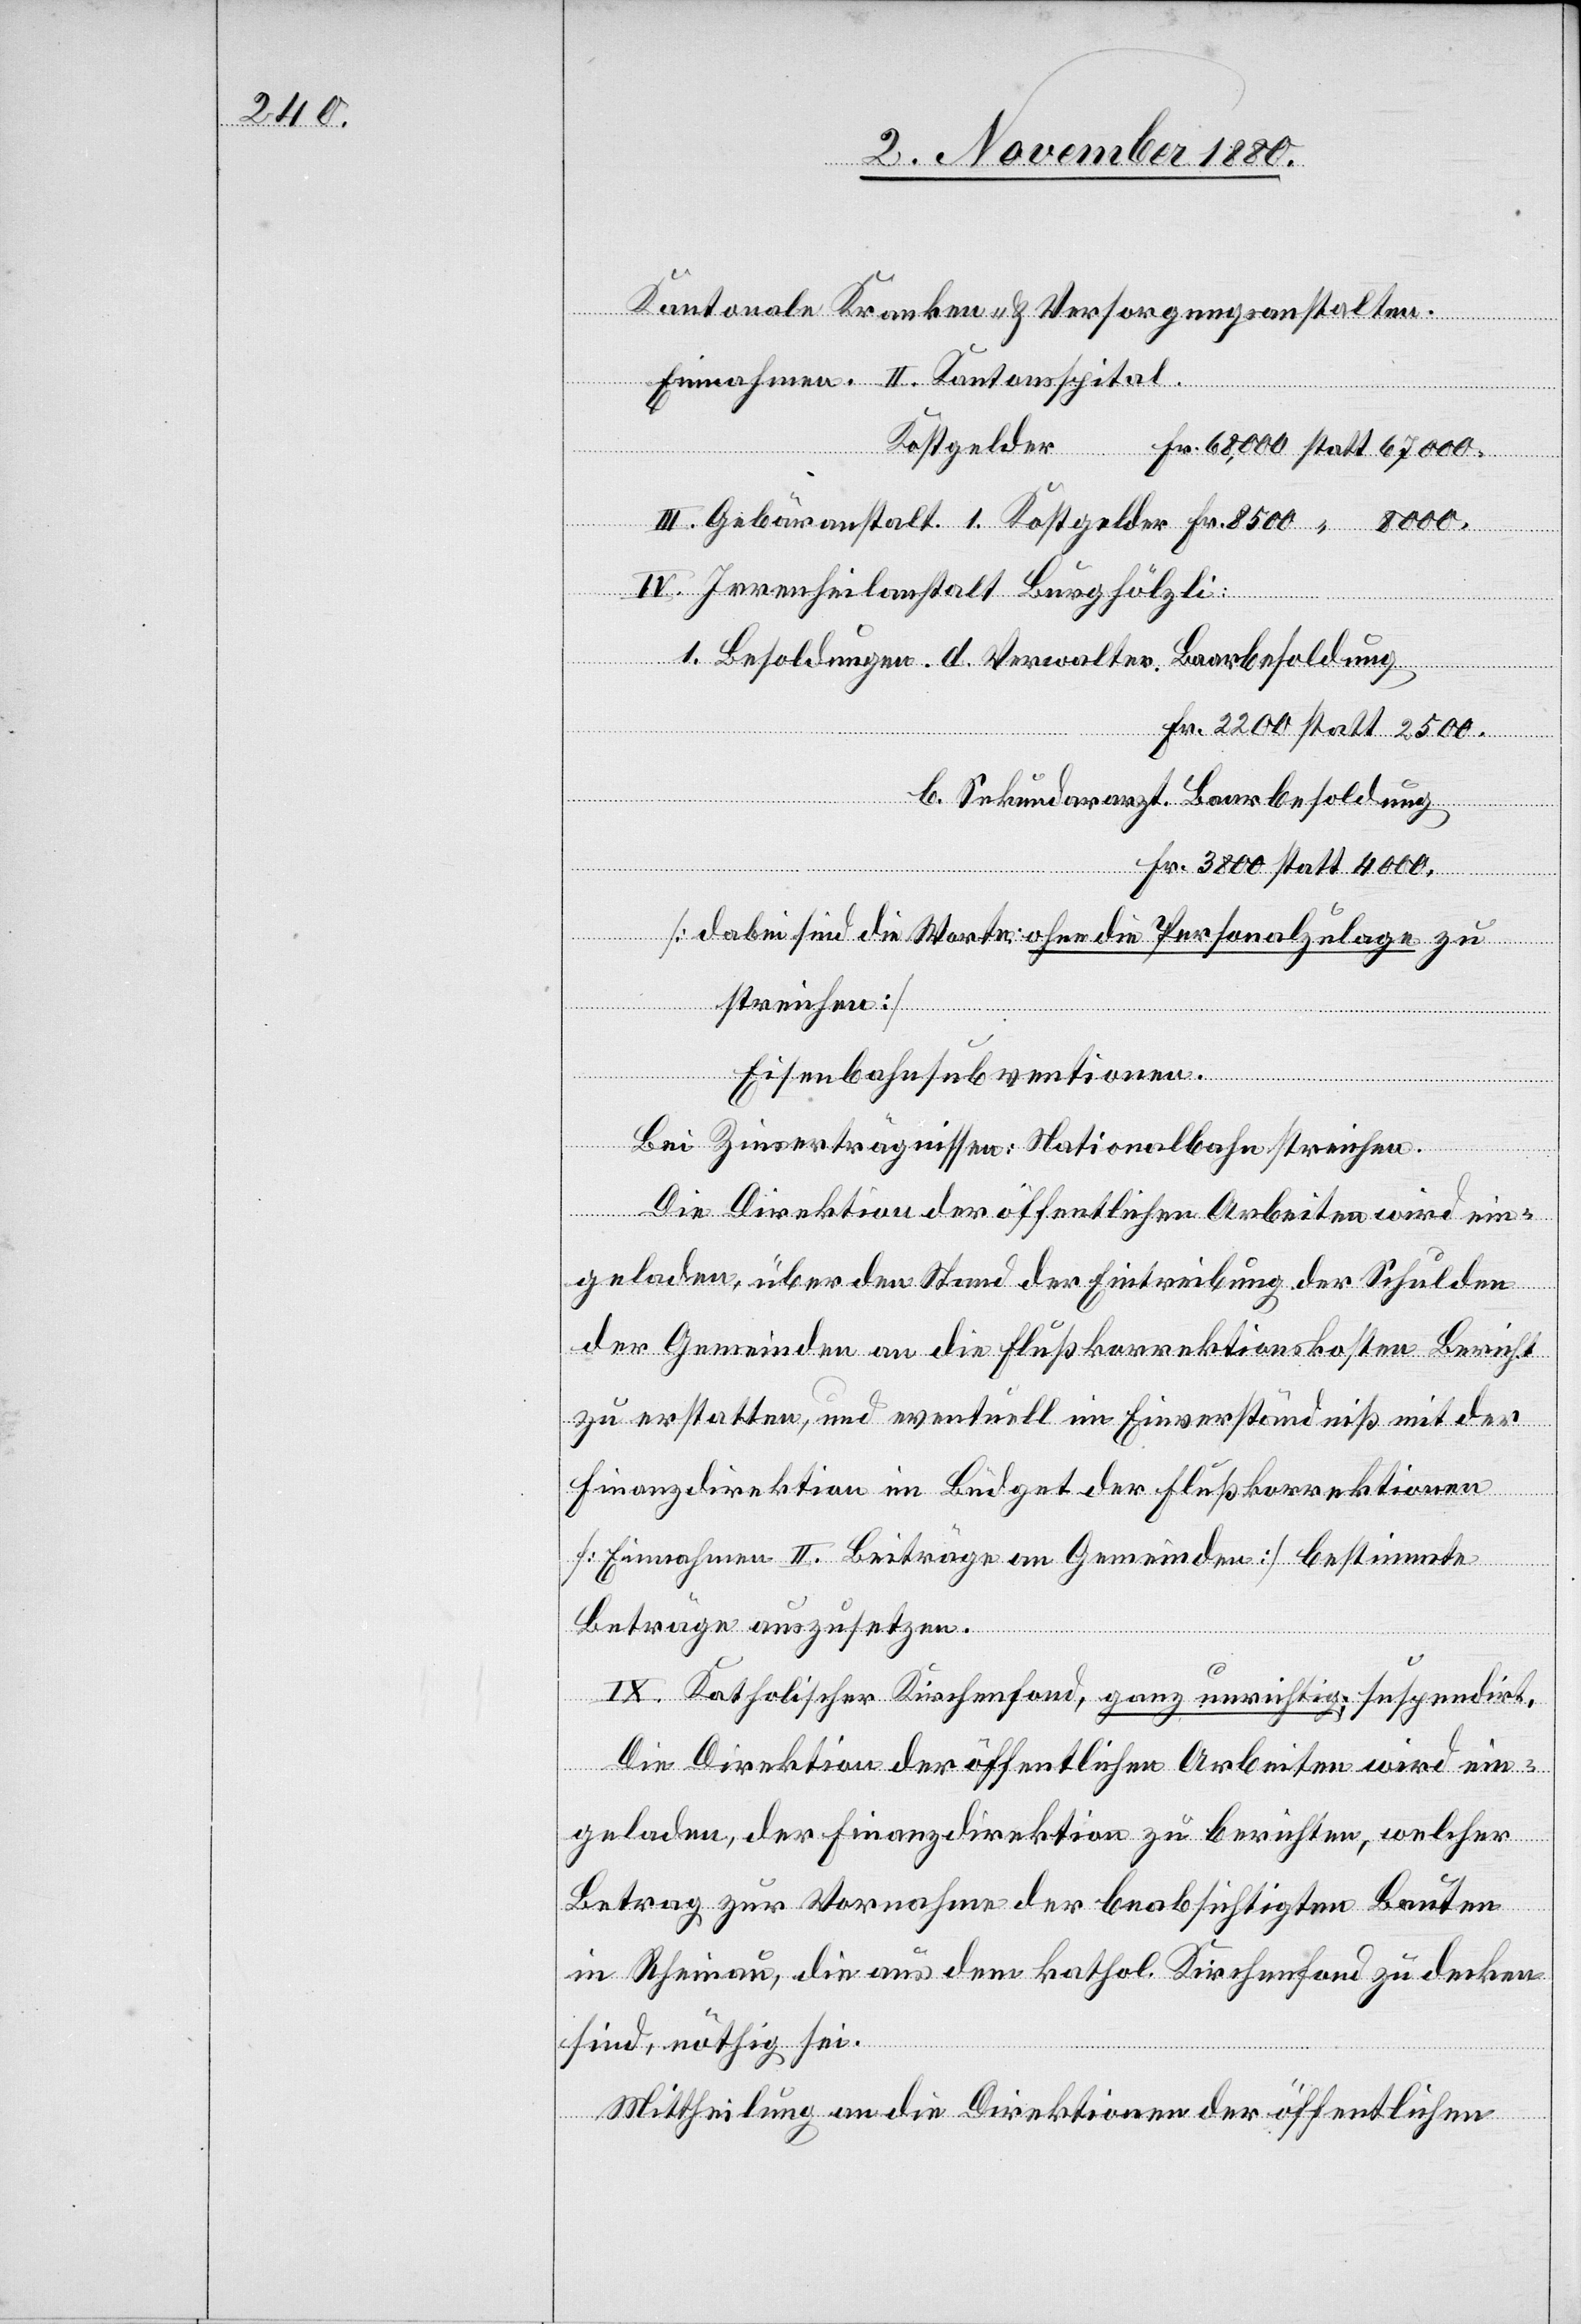
Kantonale Kranken- & Versorgungsanstalten.
Einnahmen. II. Kantonsspital.
Kostgelder
IV. Irrenheilanstalt Burghölzli:
soldung
Fr. 2200 statt 2500.
b. Sekundararzt Baarbesoldung
Fr. 3800 statt 4000.
Baarbe¬
“
[dabei sind die Worte: ohne die Personalzulage zu
streichen]
Eisenbahnsubventionen.
Bei Zinserträgnissen: Nationalbahn streichen.
Die Direktion der öffentlichen Arbeiten wird ein¬
geladen, über den Stand der Eintreibung der Schulden
der Gemeinden an die Flußkorrektionskosten Bericht
zu erstatten, und eventuell im Einverständniß mit der
Finanzdirektion im Büdget der Flußkorrektionen
[Einnahmen II. Beiträge an Gemeinden] bestimmte
d.
Beträge auszusetzen.
IX. Katholischer Kirchenfond, ganz unrichtig; suspendirt.
Die Direktion der öffentlichen Arbeiten wird ein¬
geladen, der Finanzdirektion zu berichten, welcher
1.
Betrag zur Vornahme der beabsichtigten Bauten
in Rheinau, die aus dem kathol. Kirchenfond zu decken
sind, nöthig sei.
Mittheilung an die Direktion der öffentlichen